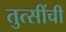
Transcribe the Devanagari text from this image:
तुत्‍सींची